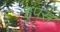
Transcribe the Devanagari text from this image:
हुपस